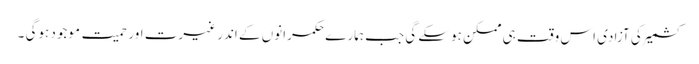
کشمیر کی آزادی اس وقت ہی ممکن ہوسکے گی جب ہمارے حکمرانوں کے اندر غیرت اور حمیت موجود ہوگی ۔